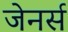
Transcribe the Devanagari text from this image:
जेनर्स